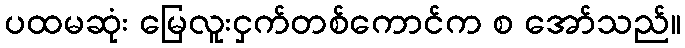
ပထမဆုံး မြေလူးငှက်တစ်ကောင်က စ အော်သည်။